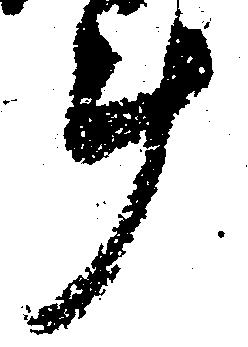
斗